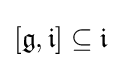
[{\mathfrak {g}},{\mathfrak {i}}]\subseteq {\mathfrak {i}}